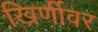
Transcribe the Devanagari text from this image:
खिर्णीवर